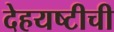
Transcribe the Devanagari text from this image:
देहयष्टीची